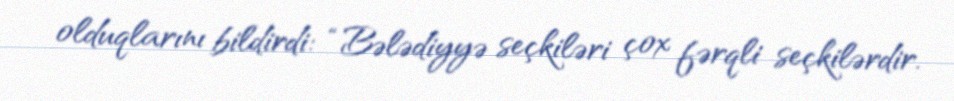
olduqlarını bildirdi: “Bələdiyyə seçkiləri çox fərqli seçkilərdir.